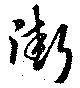
街